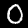
Label: 0